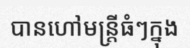
បានហៅមន្ត្រីធំៗក្នុង